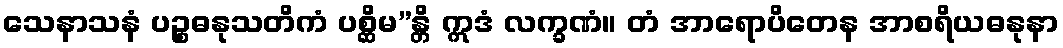
သေနာသနံ ပဉ္စဓနုသတိကံ ပစ္ဆိမ”န္တိ ဣဒံ လက္ခဏံ။ တံ အာရောပိတေန အာစရိယဓနုနာ